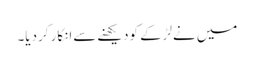
میں نےلڑکے کودیکھنےسےانکار کردیا۔